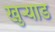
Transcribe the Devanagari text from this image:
खुऱ्याड